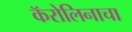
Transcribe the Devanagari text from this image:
कॅरोलिनाचा